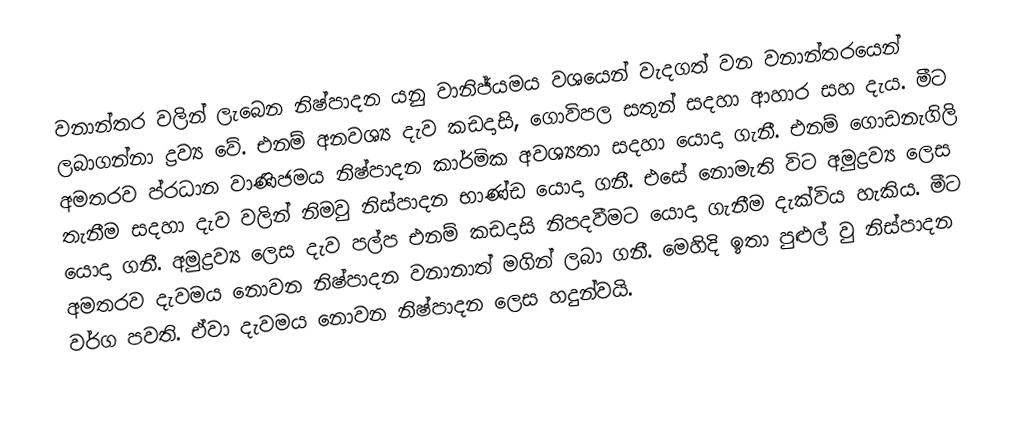
වනාන්තර වලින් ලැබෙන නිෂ්පාදන යනු වානිජ්යමය වශයෙන් වැදගත් වන වනාන්තරයෙන් ලබාගන්නා ද්‍රව්‍ය වේ. එනම් අනවශ්‍ය දැව කඩදාසි, ගොවිපල සතුන් සදහා ආහාර සහ දැය. මීට අමතරව ප්රධාන වාණිජමය නිෂ්පාදන කාර්මික අවශ්‍යතා සදහා යොදා ගැනී. එනම් ගොඩනැගිලි තැනීම සදහා දැව වලින් නිමවු නිස්පාදන භාණ්ඩ යොදා ගනී. එසේ නොමැති විට අමුද්‍රව්‍ය ලෙස යොදා ගනී. අමුද්‍රව්‍ය ලෙස දැව පල්ප එනම් කඩදාසි නිපදවීමට යොදා ගැනීම දැක්විය හැකිය. මීට අමතරව දැවමය නොවන නිෂ්පාදන වනානාත් මගින් ලබා ගනී. මෙහිදි ඉතා පුළුල් වු නිස්පාදන වර්ග පවති. ඒවා දැවමය නොවන නිෂ්පාදන ලෙස හදුන්වයි.